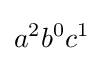
a^{2}b^{0}c^{1}